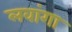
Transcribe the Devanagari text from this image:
लवांगा